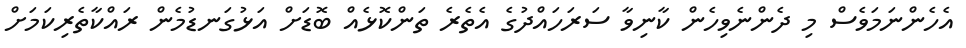
އެހެންނަމަވެސް މި ދެންނެވިހެން ކާނިވާ ސަރަހައްދުގެ އެތެރެ ތަންކޮޅެއް ބޮޑަށް އަޅުގަނޑުމެން ރައްކާތެރިކަމަށް